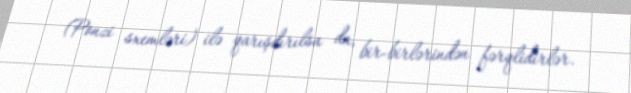
(Ponzi sxemləri) ilə qarışdırılsa da, bir-birlərindən fərqlidirlər.